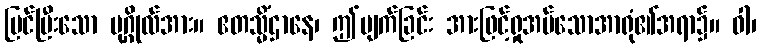
မြင်ပြီးသော ပုဂ္ဂိုလ်အား။ ဧတသ္မိံဌာနေ၊ ဤပျက်ခြင်း အားဖြင့်ရှုအပ်သောအာရုံ၏အရာ၌။ ဝါ၊